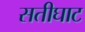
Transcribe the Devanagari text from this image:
सतीघाट